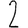
Digit: 2